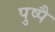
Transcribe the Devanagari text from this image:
पुष्पै